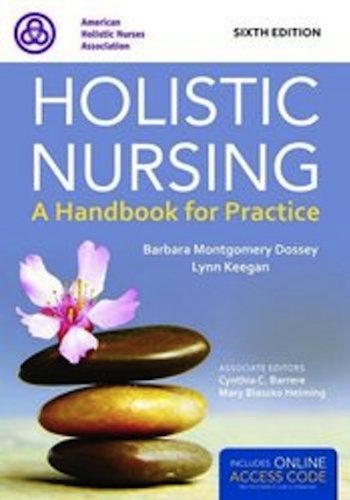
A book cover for Holistic Nursing: A Handbook for Practice; Barbara Montgomery Dossey; Health, Fitness & Dieting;